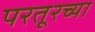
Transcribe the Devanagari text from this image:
परतूरच्या